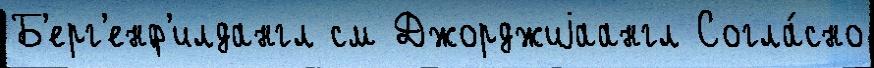
Б'ерг'енф'илдангл см Джорджиjаангл Согла́сно